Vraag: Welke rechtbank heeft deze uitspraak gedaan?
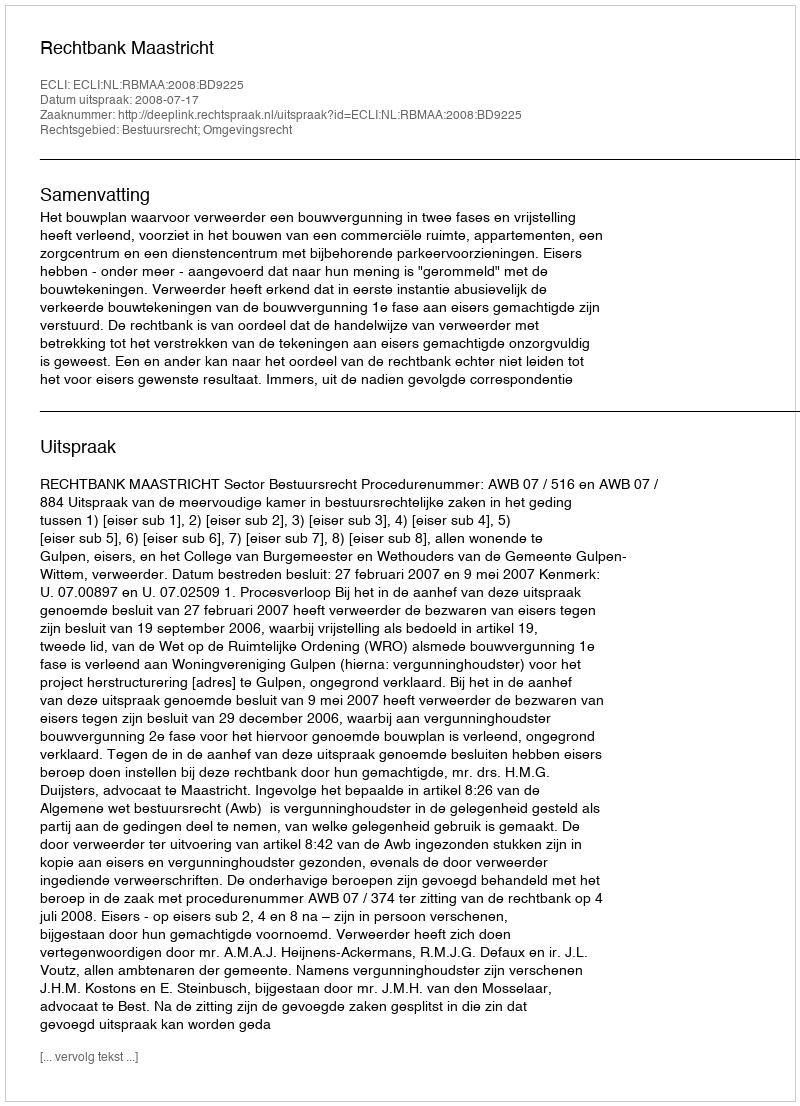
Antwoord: Rechtbank Maastricht